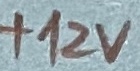
Text: +12V